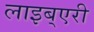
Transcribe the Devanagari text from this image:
लाइब्एरी